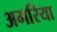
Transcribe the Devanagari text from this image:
अमरिया